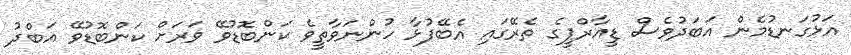
އަޅުގަނޑުމެން އަބަދުވެސް ޑީއާރްޕީގެ ތެރޭގައި އެބޭފުޅާ ހުންނަވާތީވެ ކަންބޮޑުވޭ ވަރަށް ކަންބޮޑުވޭ އަބްދު